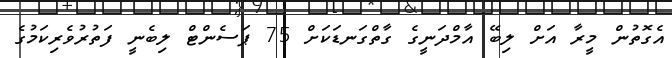
އެގޮތުން މީރާ އަށް ލިބޭ އާމްދަނީގެ ގާތްގަނޑަކަށް 75 ޕަސެންޓް ލިބެނީ ފަތުރުވެރިކަމުގެ